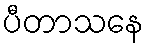
ပီတာသနေ